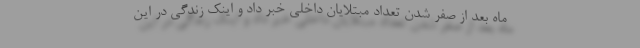
ماه بعد از صفر شدن تعداد مبتلایان داخلی خبر داد و اینک زندگی در این